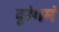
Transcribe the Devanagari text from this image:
दूरंगमं